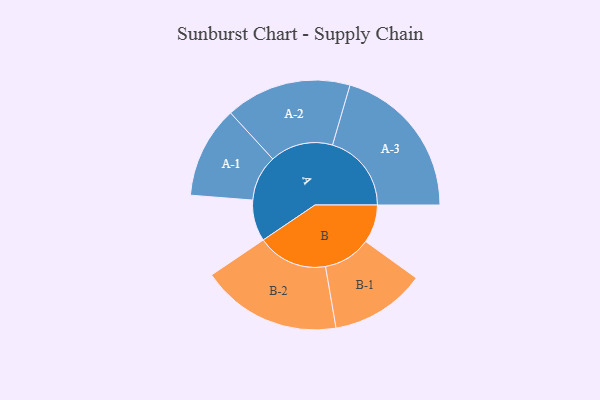
{"axis": {"x": "Segment", "y": "Value"}, "legend": ["", "A", "B"], "data": [{"x": "A", "y": 124, "type": ""}, {"x": "B", "y": 115, "type": ""}, {"x": "A-1", "y": 138, "type": "A"}, {"x": "A-2", "y": 189, "type": "A"}, {"x": "A-3", "y": 237, "type": "A"}, {"x": "B-1", "y": 143, "type": "B"}, {"x": "B-2", "y": 211, "type": "B"}]}